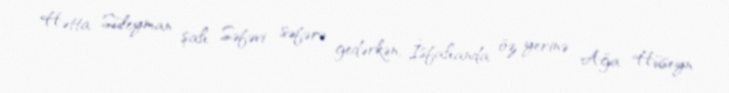
Hətta Süleyman şah Səfəvi səfərə gedərkən, İsfahanda öz yerinə Ağa Hüseyn